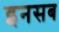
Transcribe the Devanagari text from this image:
इनसब